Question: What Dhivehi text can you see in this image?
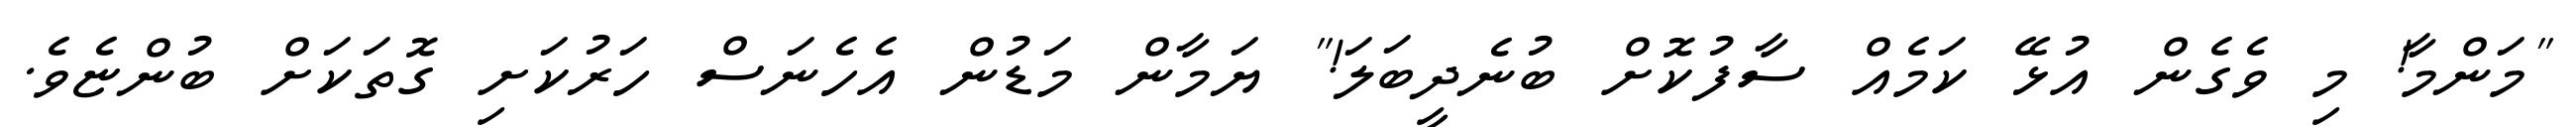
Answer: "މަންމާ! މި ވެގެން އުޅޭ ކަމެއް ސާފުކޮށް ބުނެދީބަލަ!" ޔަމާން މަޑުން އެހެނަސް ހަރުކަށި ގޮތަކަށް ބުންޏެވެ.